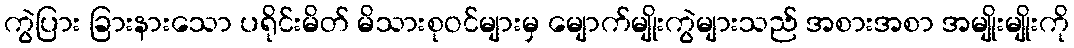
ကွဲပြား ခြားနားသော ပရိုင်းမိတ် မိသားစုဝင်များမှ မျောက်မျိုးကွဲများသည် အစားအစာ အမျိုးမျိုးကို